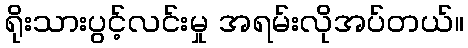
ရိုးသားပွင့်လင်းမှု အရမ်းလိုအပ်တယ်။